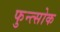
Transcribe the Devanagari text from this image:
फुन्त्सोक